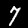
Label: 7